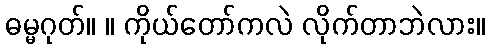
ဓမ္မဂုတ်။ ။ ကိုယ်တော်ကလဲ လိုက်တာဘဲလား။